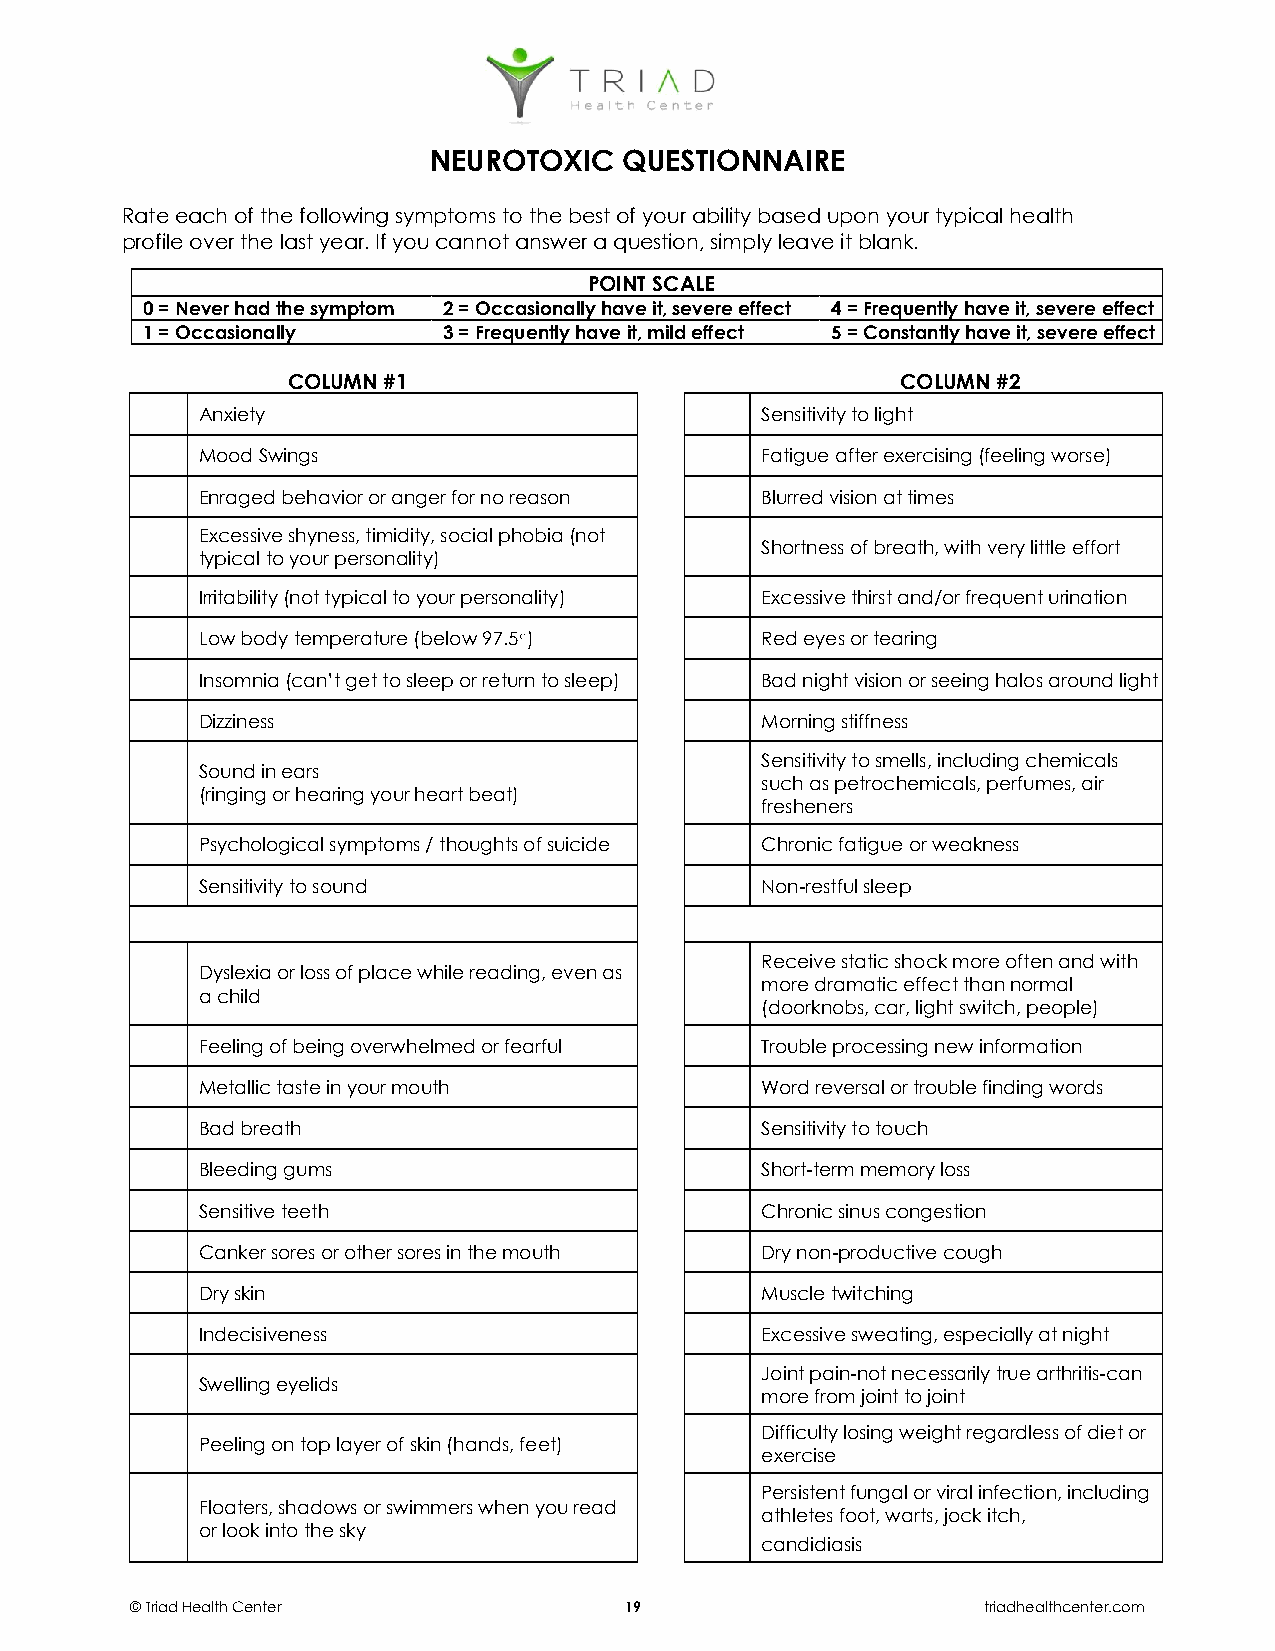
NEUROTOXIC   QUESTIONNAIRE
 Rate each of the following symptoms to the best of your ability based upon your typical health
 profile over the last year. If you cannot answer a question, simply leave it blank.
 POINT SCALE
 0 = Never had the symptom 2 = Occasionally have it, severe effect 4 = Frequently have it, severe effect
 1 = Occasionally    3 = Frequently have it, mild effect 5 = Constantly have it, severe effect
 COLUMN #1                                COLUMN #2
 Anxiety                              Sensitivity to light
 Mood Swings                          Fatigue after exercising (feeling worse)
 Enraged behavior or anger for no reason Blurred vision at times
 Excessive shyness, timidity, social phobia (not
 Shortness of breath, with very little effort
 typical to your personality)
 Irritability (not typical to your personality) Excessive thirst and/or frequent urination
 Low body temperature (below 97.5○)   Red eyes or tearing
 Insomnia (can’t get to sleep or return to sleep) Bad night vision or seeing halos around light
 Dizziness                            Morning stiffness
 Sensitivity to smells, including chemicals
 Sound in ears
 such as petrochemicals, perfumes, air
 (ringing or hearing your heart beat)
 fresheners
 Psychological symptoms / thoughts of suicide Chronic fatigue or weakness
 Sensitivity to sound                 Non-restful sleep
 Receive static shock more often and with
 Dyslexia or loss of place while reading, even as
 more dramatic effect than normal
 a child
 (doorknobs, car, light switch, people)
 Feeling of being overwhelmed or fearful Trouble processing new information
 Metallic taste in your mouth         Word reversal or trouble finding words
 Bad breath                           Sensitivity to touch
 Bleeding gums                        Short-term memory loss
 Sensitive teeth                      Chronic sinus congestion
 Canker sores or other sores in the mouth Dry non-productive cough
 Dry skin                             Muscle twitching
 Indecisiveness                       Excessive sweating, especially at night
 Joint pain-not necessarily true arthritis-can
 Swelling eyelids
 more from joint to joint
 Difficulty losing weight regardless of diet or
 Peeling on top layer of skin (hands, feet)
 exercise
 Persistent fungal or viral infection, including
 Floaters, shadows or swimmers when you read
 athletes foot, warts, jock itch,
 or look into the sky
 candidiasis
 © Triad Health Center           19                      triadhealthcenter.com